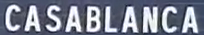
CASABLANCA